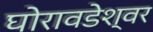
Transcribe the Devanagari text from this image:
घोरावडेश्वर